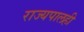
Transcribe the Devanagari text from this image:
राज्यपालही